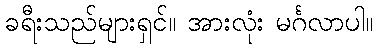
ခရီးသည်များရှင်။ အားလုံး မင်္ဂလာပါ။